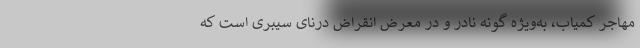
مهاجر کمیاب، به‌ویژه گونه نادر و در معرض انقراض دُرنای سیبری است که